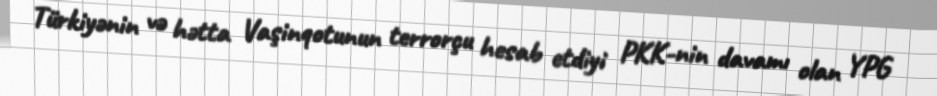
Türkiyənin və hətta Vaşinqotunun terrorçu hesab etdiyi PKK-nin davamı olan YPG